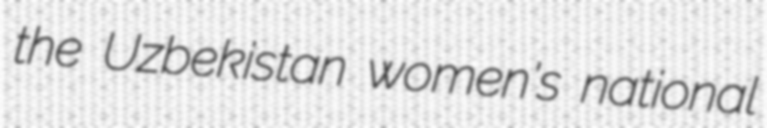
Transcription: the Uzbekistan women's national